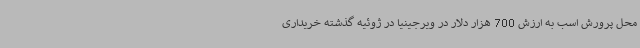
محل پرورش اسب به ارزش 700 هزار دلار در ویرجینیا در ژوئیه گذشته خریداری